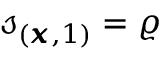
\mathscr { s } _ { ( \pmb { x } , 1 ) } = \varrho